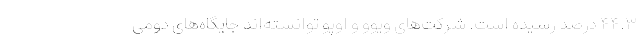
۴۴.۳ درصد رسیده است. شرکت‌های ویوو و اوپو توانسته‌اند جایگاه‌های دومی